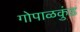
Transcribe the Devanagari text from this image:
गोपाळकुंड